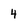
Character: 4